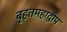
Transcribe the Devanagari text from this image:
बृहतमहाद्वीप